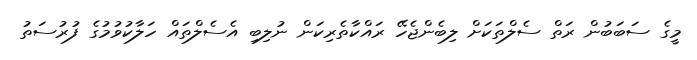
މީގެ ސަބަބުން ރަތް ސެލްތަކަށް ލިބެންޖެހޭ ރައްކާތެރިކަން ނުލިބި އެސެލްތައް ހަލާކުވުމުގެ ފުރުސަތު